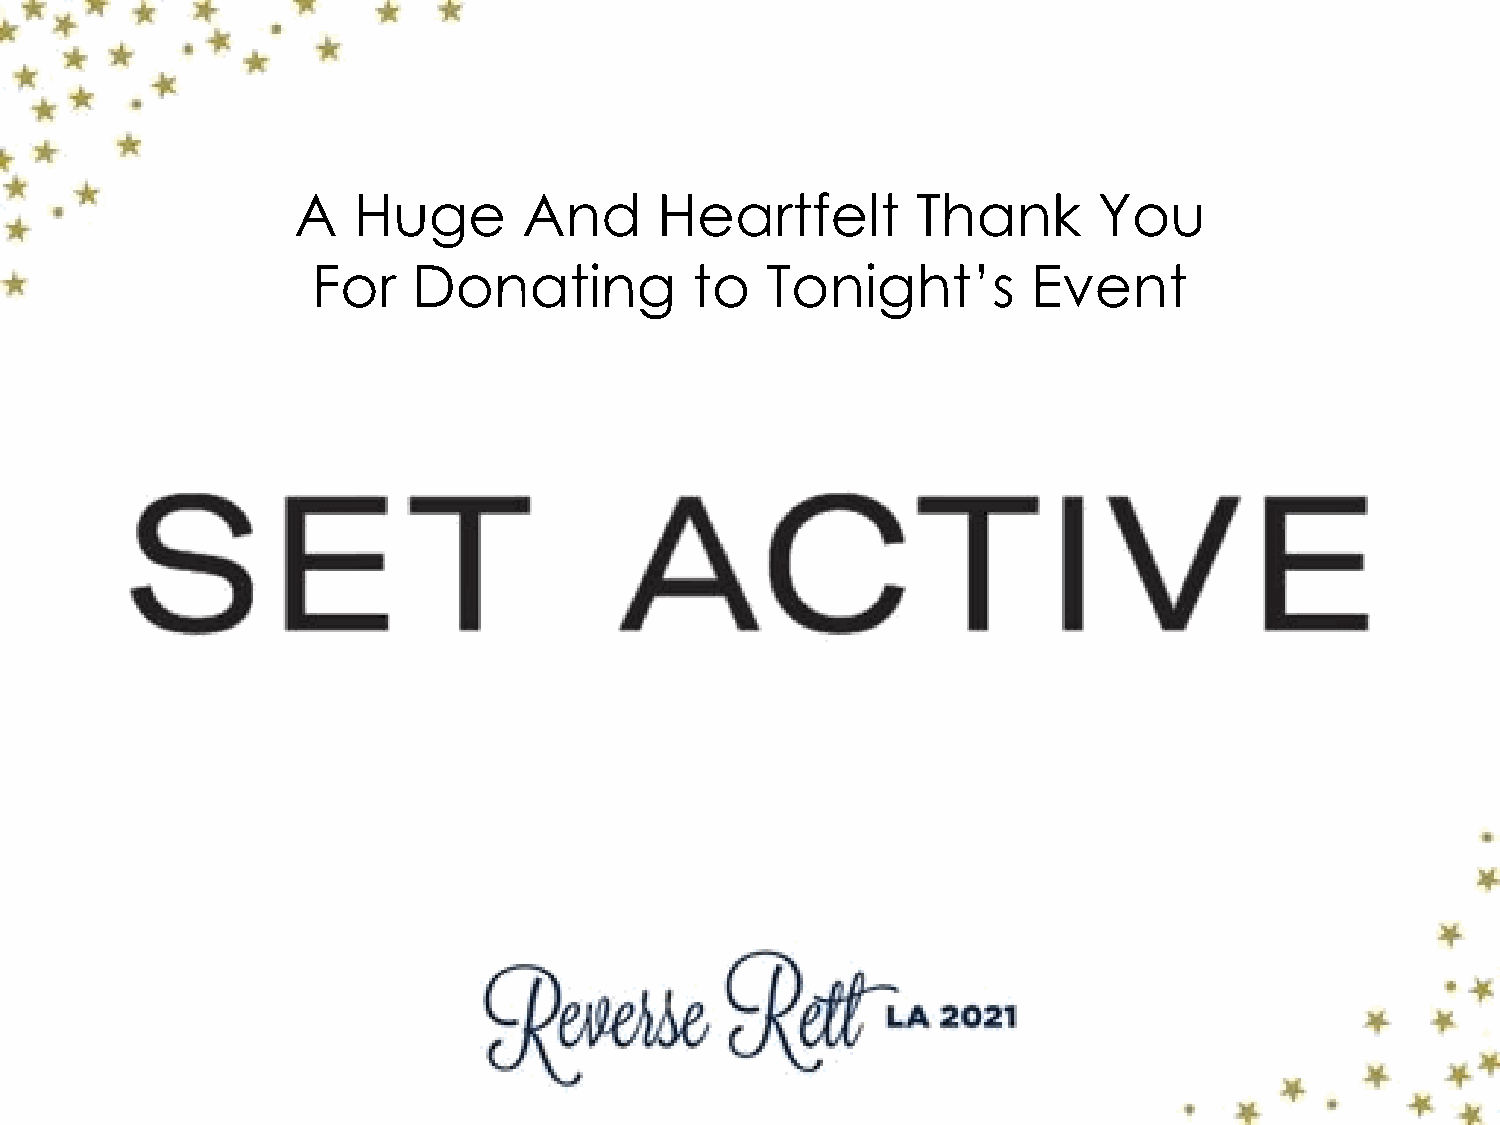
A   Huge        And      Heartfelt        Thank       You
 For   Donating           to   Tonight’s        Event